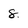
Character: 8